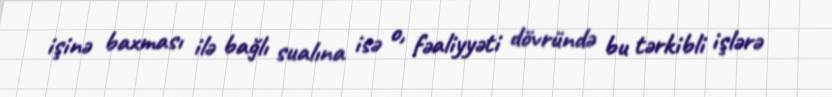
işinə baxması ilə bağlı sualına isə o, fəaliyyəti dövründə bu tərkibli işlərə